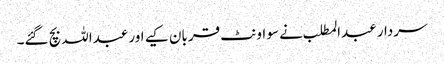
سردار عبدالمطلب نے سو اونٹ قربان کیے اور عبداللہ بچ گئے۔